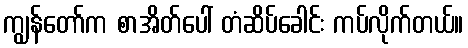
ကျွန်တော်က စာအိတ်ပေါ် တံဆိပ်ခေါင်း ကပ်လိုက်တယ်။